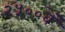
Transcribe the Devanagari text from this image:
२५००वें